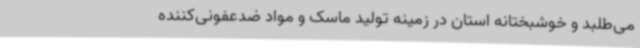
می‌طلبد و خوشبختانه استان در زمینه تولید ماسک و مواد ضدعفونی‌کننده